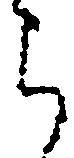
被